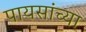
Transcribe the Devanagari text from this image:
पायसांच्या